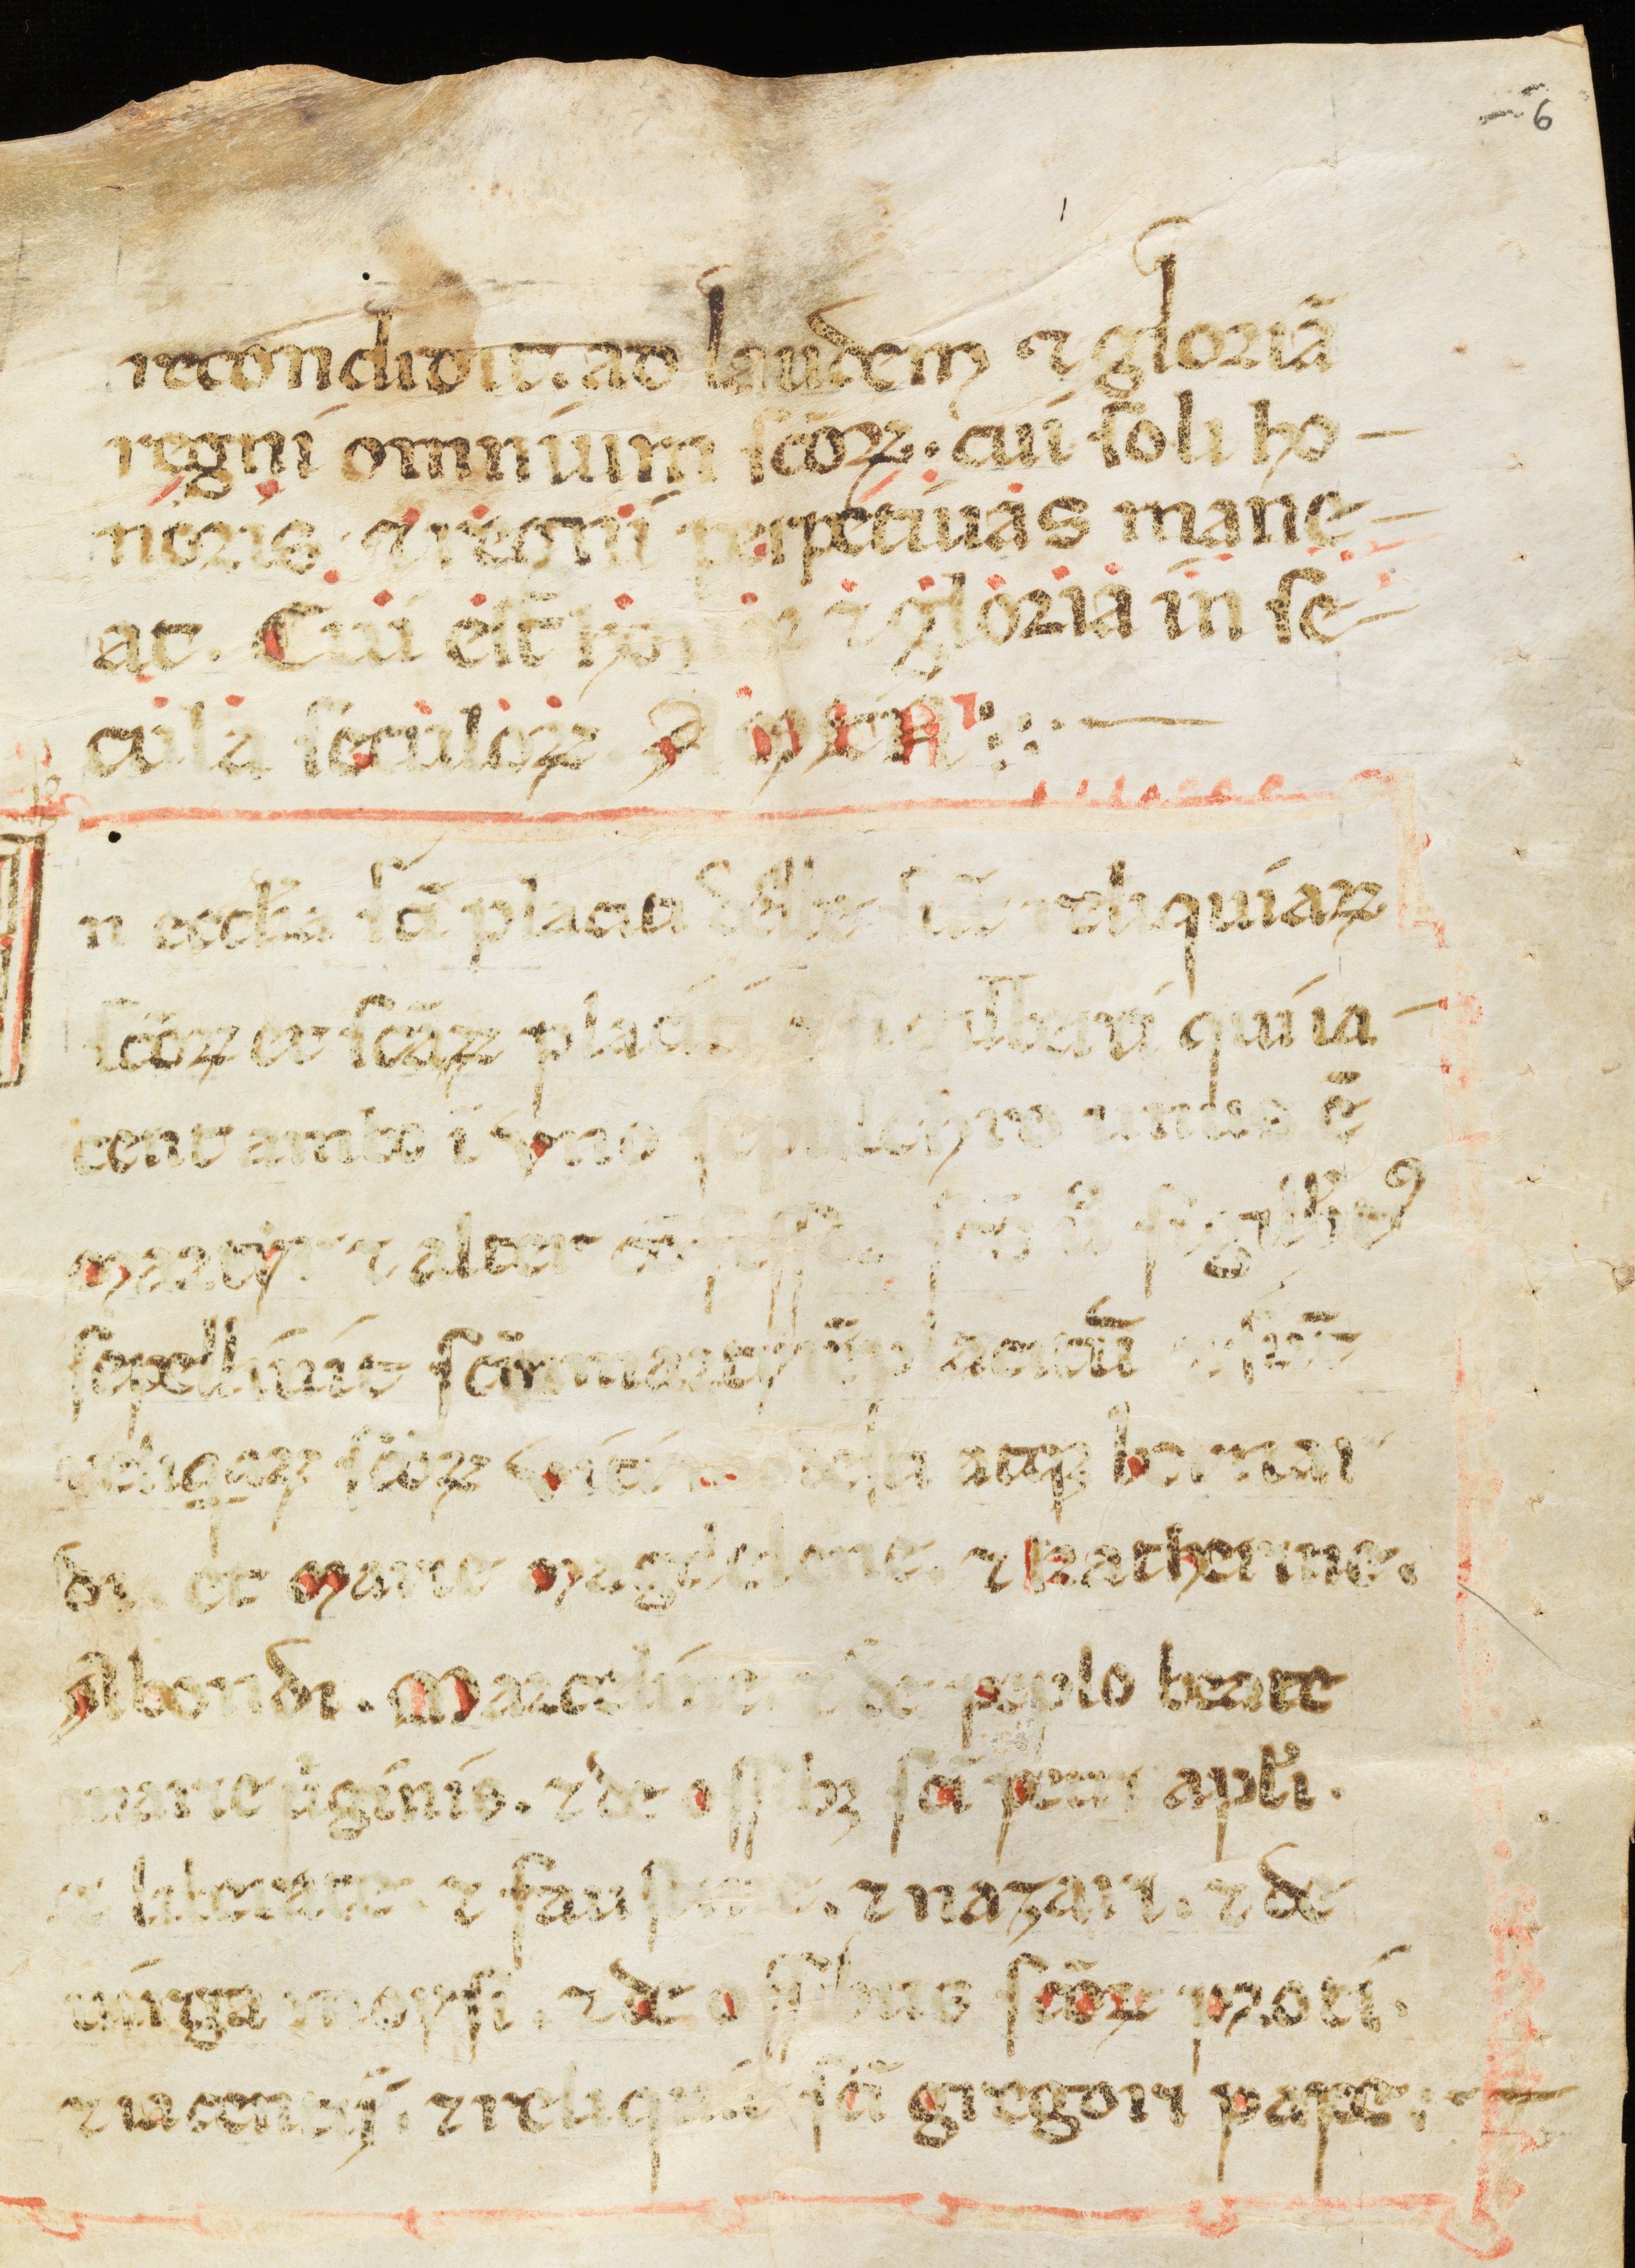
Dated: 1300–1399